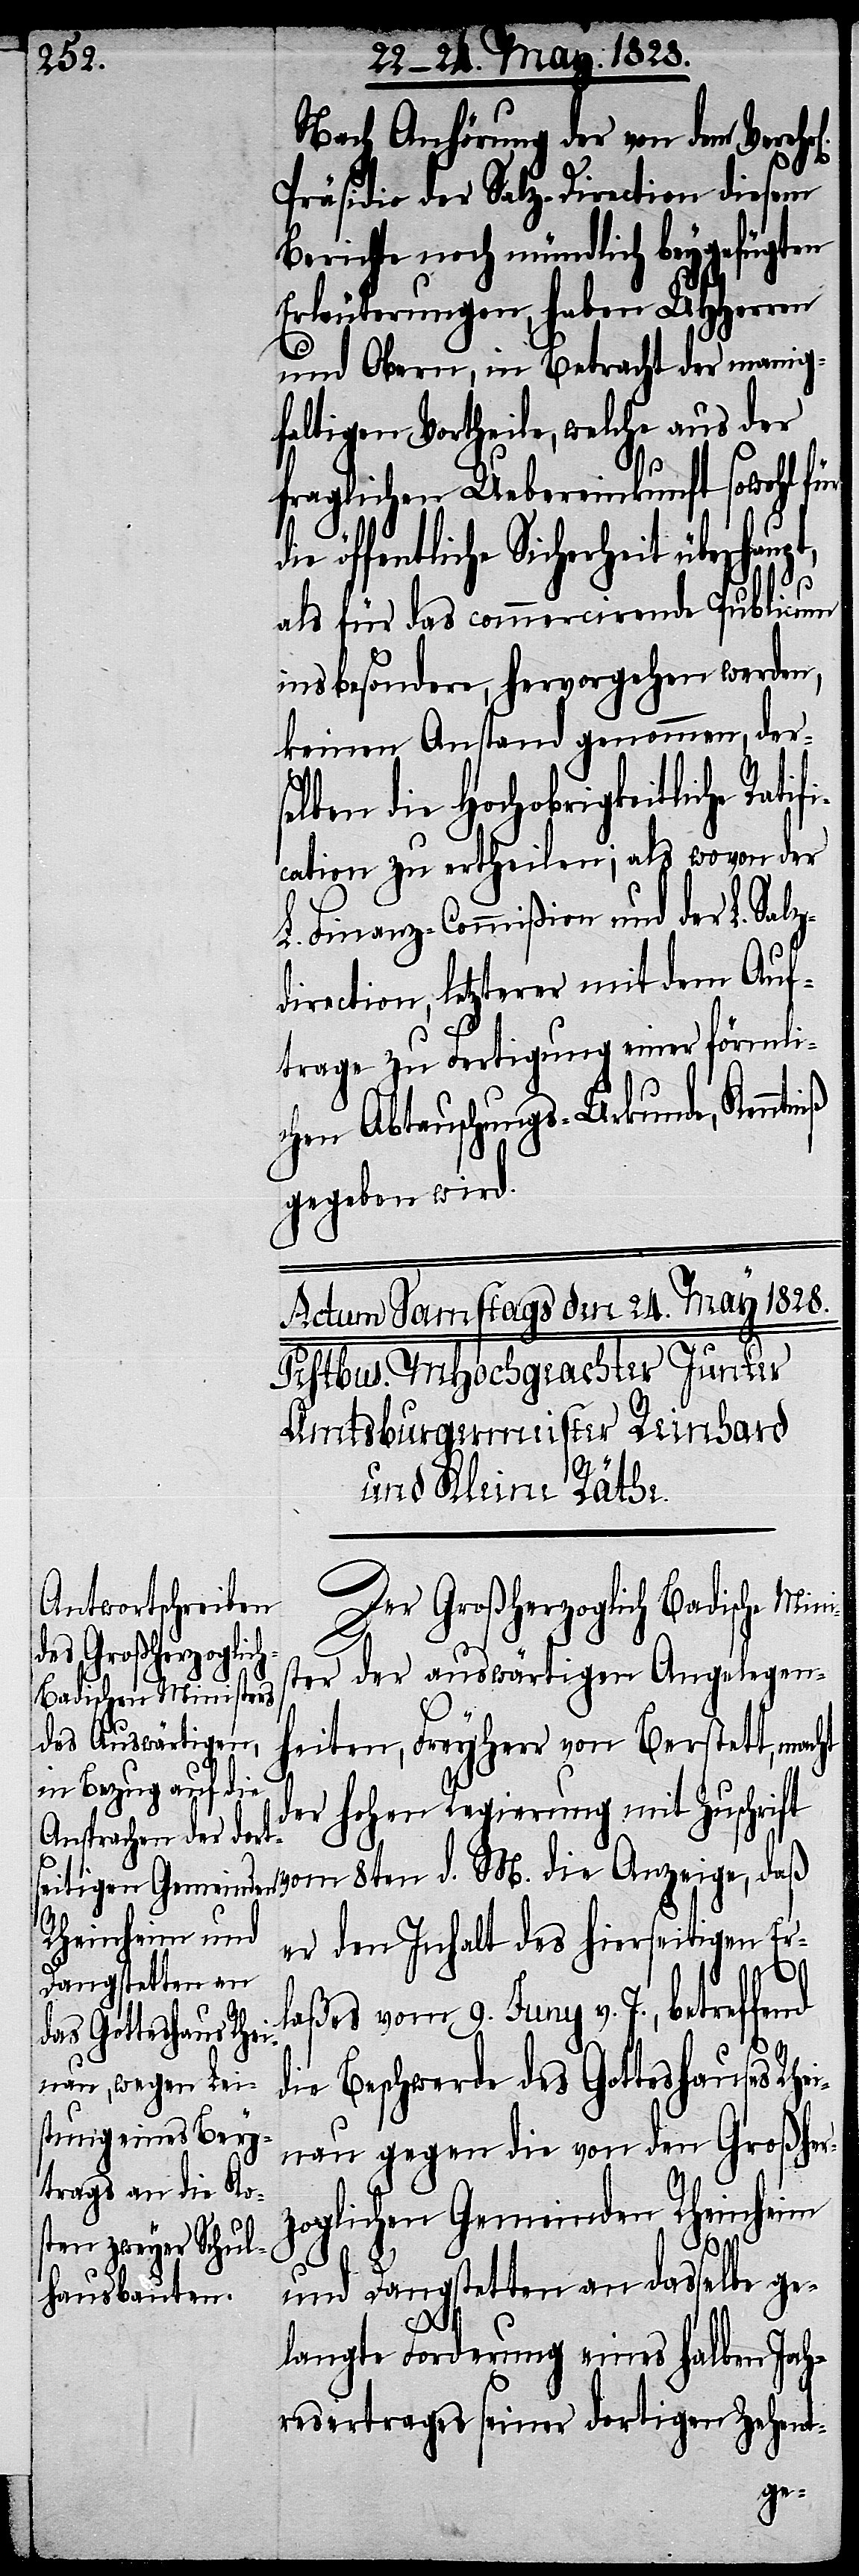
Nach Anhörung der von dem Vereh¬
Präsidio der Salz-Direction diesem
Berichte noch mündlich beygefügten
Erläuterungen, haben UHHerren
und Obern, in Betracht der manig¬
faltigen Vortheile, welche aus der
fraglichen Uebereinkunft sowohl für
öffentliche Sicherheit überhaup¬
d.
als für das commercirende Publicum
ins besondere, hervorgehen werden,
keinen Anstand genommen, ders¬
elben die Hochobrigkeitlich¬
cation zu ertheilen; als wovon der
L. Finanz-Commißion und der L. Sal¬
zdirection, letzterer mit dem Auf¬
trage zu Fertigung einer förmli¬
chen Abtauschungs-Urkunde,
gegeben wird.
Der Großherzoglich Badische Mini¬
die Anzeige,
ster der auswärtigen Angelegen¬
heiten, Freyherr von Berstett, mac¬
der hohen Regierung mit Zuschrift
er den Inhalt des hierseitigen Er¬
laßes vom 9. Juny v. J., betreffend
die Beschwerde des Gotteshauses Rhe¬
inau gegen die von den Großher¬
zoglichen Gemeinden Rheinheim
und Dangstetten an dasselbe ge¬
langte Forderung eines halben Jah¬
resvertrages seiner dortigen Zehent-